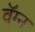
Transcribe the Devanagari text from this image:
वॅग्न